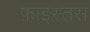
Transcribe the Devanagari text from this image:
फ़ाइस्तस